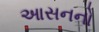
આસનનો